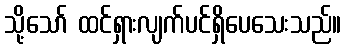
သို့သော် ထင်ရှားလျက်ပင်ရှိပေသေးသည်။